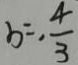
b = . \frac { 4 } { 3 }